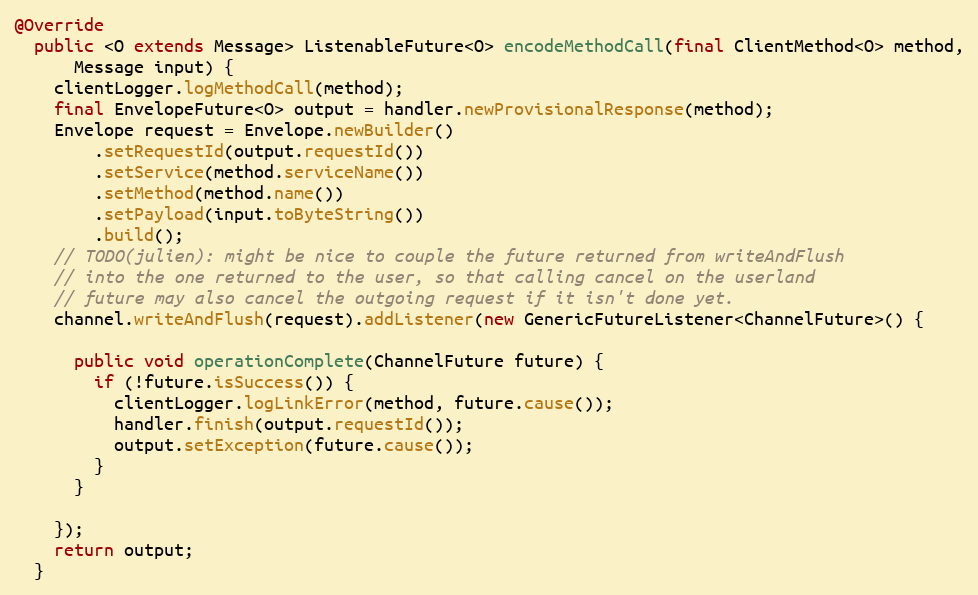
Language: Java
@Override
  public <O extends Message> ListenableFuture<O> encodeMethodCall(final ClientMethod<O> method,
      Message input) {
    clientLogger.logMethodCall(method);
    final EnvelopeFuture<O> output = handler.newProvisionalResponse(method);
    Envelope request = Envelope.newBuilder()
        .setRequestId(output.requestId())
        .setService(method.serviceName())
        .setMethod(method.name())
        .setPayload(input.toByteString())
        .build();
    // TODO(julien): might be nice to couple the future returned from writeAndFlush
    // into the one returned to the user, so that calling cancel on the userland
    // future may also cancel the outgoing request if it isn't done yet.
    channel.writeAndFlush(request).addListener(new GenericFutureListener<ChannelFuture>() {

      public void operationComplete(ChannelFuture future) {
        if (!future.isSuccess()) {
          clientLogger.logLinkError(method, future.cause());
          handler.finish(output.requestId());
          output.setException(future.cause());
        }
      }

    });
    return output;
  }